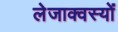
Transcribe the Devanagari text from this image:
लेजाक्वस्यों